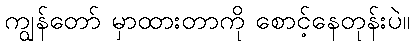
ကျွန်တော် မှာထားတာကို စောင့်နေတုန်းပဲ။